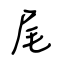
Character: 尾